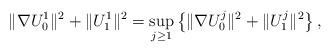
LaTeX: \begin{align*}\| \nabla U_0^1 \|^2 + \| U^1_1 \|^2 = \sup_{j \geq 1} \left \{ \| \nabla U^j_0 \|^2 + \| U^j_1 \|^2 \right \},\end{align*}